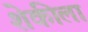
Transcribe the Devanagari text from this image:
शेकीला